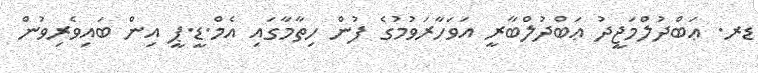
ޑރ. ޢަބްދުލްމަޖީދު ޢަބްދުލްބާރީ އަވަހާރަވުމުގެ ފުން ހިތާމާގައި އެމް.ޑީ.ޕީ އިން ބައިވެރިވުން